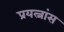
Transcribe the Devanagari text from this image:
प्रयत्नांस